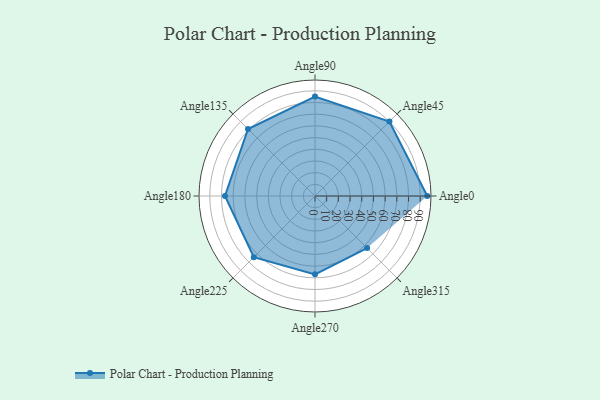
{"axis": {"x": "Angle", "y": "Radius"}, "legend": [""], "data": [{"x": "Angle0", "y": 96.0, "type": ""}, {"x": "Angle45", "y": 90.0, "type": ""}, {"x": "Angle90", "y": 85.0, "type": ""}, {"x": "Angle135", "y": 81.0, "type": ""}, {"x": "Angle180", "y": 77.0, "type": ""}, {"x": "Angle225", "y": 74.0, "type": ""}, {"x": "Angle270", "y": 67.0, "type": ""}, {"x": "Angle315", "y": 63.0, "type": ""}]}